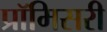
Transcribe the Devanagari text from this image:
प्रॉमिसरी